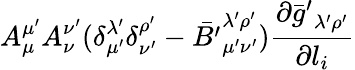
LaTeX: A_{\mu}^{\mu^{\prime}}A_{\nu}^{\nu^{\prime}}(\delta_{\mu^{\prime}}^{\lambda^{\prime}}\delta_{\nu^{\prime}}^{\rho^{\prime}}-{\bar{B^{\prime}}}_{\mu^{\prime}\nu^{\prime}}^{\lambda^{\prime}\rho^{\prime}})\frac{\partial{\bar{g}^{\prime}}_{\lambda^{\prime}\rho^{\prime}}}{\partial l_{i}}